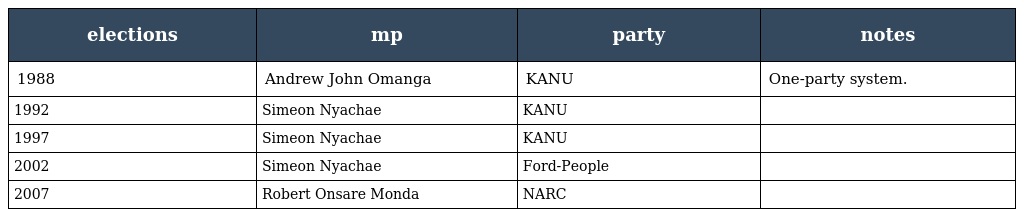
| elections | mp | party | notes |
 | --- | --- | --- | --- |
 | 1988 | Andrew John Omanga | KANU | One-party system. |
 | 1992 | Simeon Nyachae | KANU |  |
 | 1997 | Simeon Nyachae | KANU |  |
 | 2002 | Simeon Nyachae | Ford-People |  |
 | 2007 | Robert Onsare Monda | NARC |  |